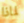
لماذا